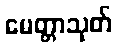
မေတ္တာသုတ်